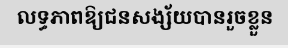
លទ្ធភាពឱ្យជនសង្ស័យបានរួចខ្លួន